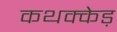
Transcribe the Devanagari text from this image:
कथक्केड़